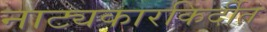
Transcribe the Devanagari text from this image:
नाट्यकारकिर्दीत